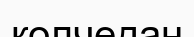
колчедан